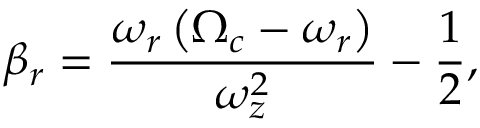
\beta _ { r } = \frac { \omega _ { r } \left( \Omega _ { c } - \omega _ { r } \right) } { \omega _ { z } ^ { 2 } } - \frac { 1 } { 2 } ,